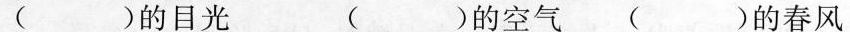
( )的目光 ( )的空气 ( )的春风